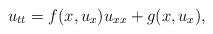
\begin{align*}u_{tt}=f(x,u_x)u_{xx}+g(x,u_x),\end{align*}